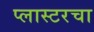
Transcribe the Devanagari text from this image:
प्लास्टरचा